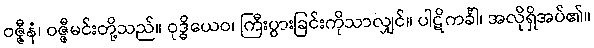
ဝဇ္ဇီနံ၊ ဝဇ္ဇီမင်းတို့သည်။ ဝုဒ္ဓိယေဝ၊ ကြီးပွားခြင်းကိုသာလျှင်။ ပါဋိကင်္ခါ၊ အလိုရှိအပ်၏။